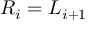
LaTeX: R _ { i } = L _ { i + 1 }